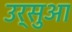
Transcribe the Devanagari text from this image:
उर्सुआ